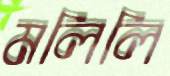
মলিলি